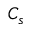
C _ { s }